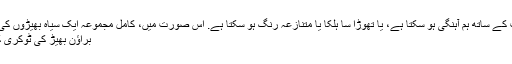
کیپ کا رنگ بھیڑوں کی کوٹ کے ساتھ ہم آہنگی ہو سکتا ہے، یا تھوڑا سا ہلکا یا متنازعہ رنگ ہو سکتا ہے. اس صورت میں، کامل مجموعہ ایک سیاہ بھیڑوں کی کوٹ اور ایک سفید ٹوپی ہے.
براؤن بھیڑ کی ٹوکری کوٹ کو ٹوپی کس طرح اٹھاؤ؟